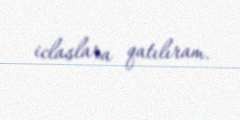
iclaslara qatılıram.